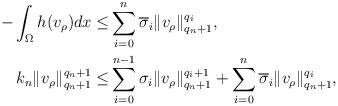
LaTeX: \begin{align*}-\int_{\Omega}h(v_\rho)dx\le& \sum_{i=0}^{n}\overline \sigma_i\|v_\rho\|^{q_i}_{q_n+1},\\k_n \|v_\rho\|_{q_n+1}^{q_n+1}\le& \sum_{i=0}^{n-1}\sigma_i\|v_\rho\|^{q_i+1}_{q_n+1}+\sum_{i=0}^{n}\overline \sigma_i\|v_\rho\|^{q_i}_{q_n+1},\end{align*}